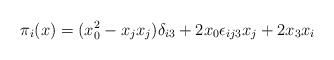
LaTeX: \begin{align*} \pi_i(x)=(x_0^2-x_jx_j)\delta_{i3}+2x_0\epsilon_{ij3}x_j + 2x_3x_i \end{align*}